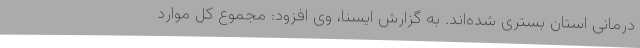
درمانی استان بستری شده‌اند. به گزارش ایسنا، وی افزود: مجموع کل موارد